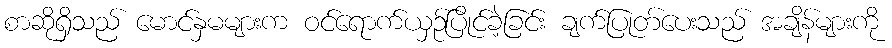
စာဆိုရှိသည် မောင်နှမများက ဝင်ရောက်ယှဉ်ပြိုင်ခဲ့ခြင်း ချက်ပြုတ်ပေးသည် အချိန်များကို